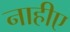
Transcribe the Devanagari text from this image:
नाहीए